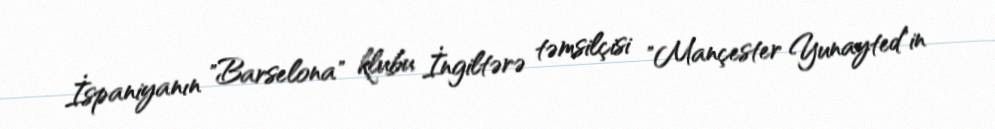
İspaniyanın "Barselona" klubu İngiltərə təmsilçisi "Mançester Yunayted"in